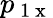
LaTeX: p_{\mathrm{~1~x~}}